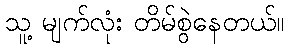
သူ့ မျက်လုံး တိမ်စွဲနေတယ်။